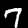
Digit: 7